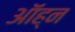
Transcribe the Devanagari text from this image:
ऑह्न